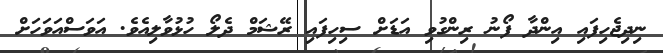
ނިދިޖެހިފައި އިންދާ ފޯނު ރިންގުވި އަޑަށް ސިހިފައި ރޭޝަމް ދެލޯ ހުޅުވާލިއެވެ. އަވަސްއަވަހަށް